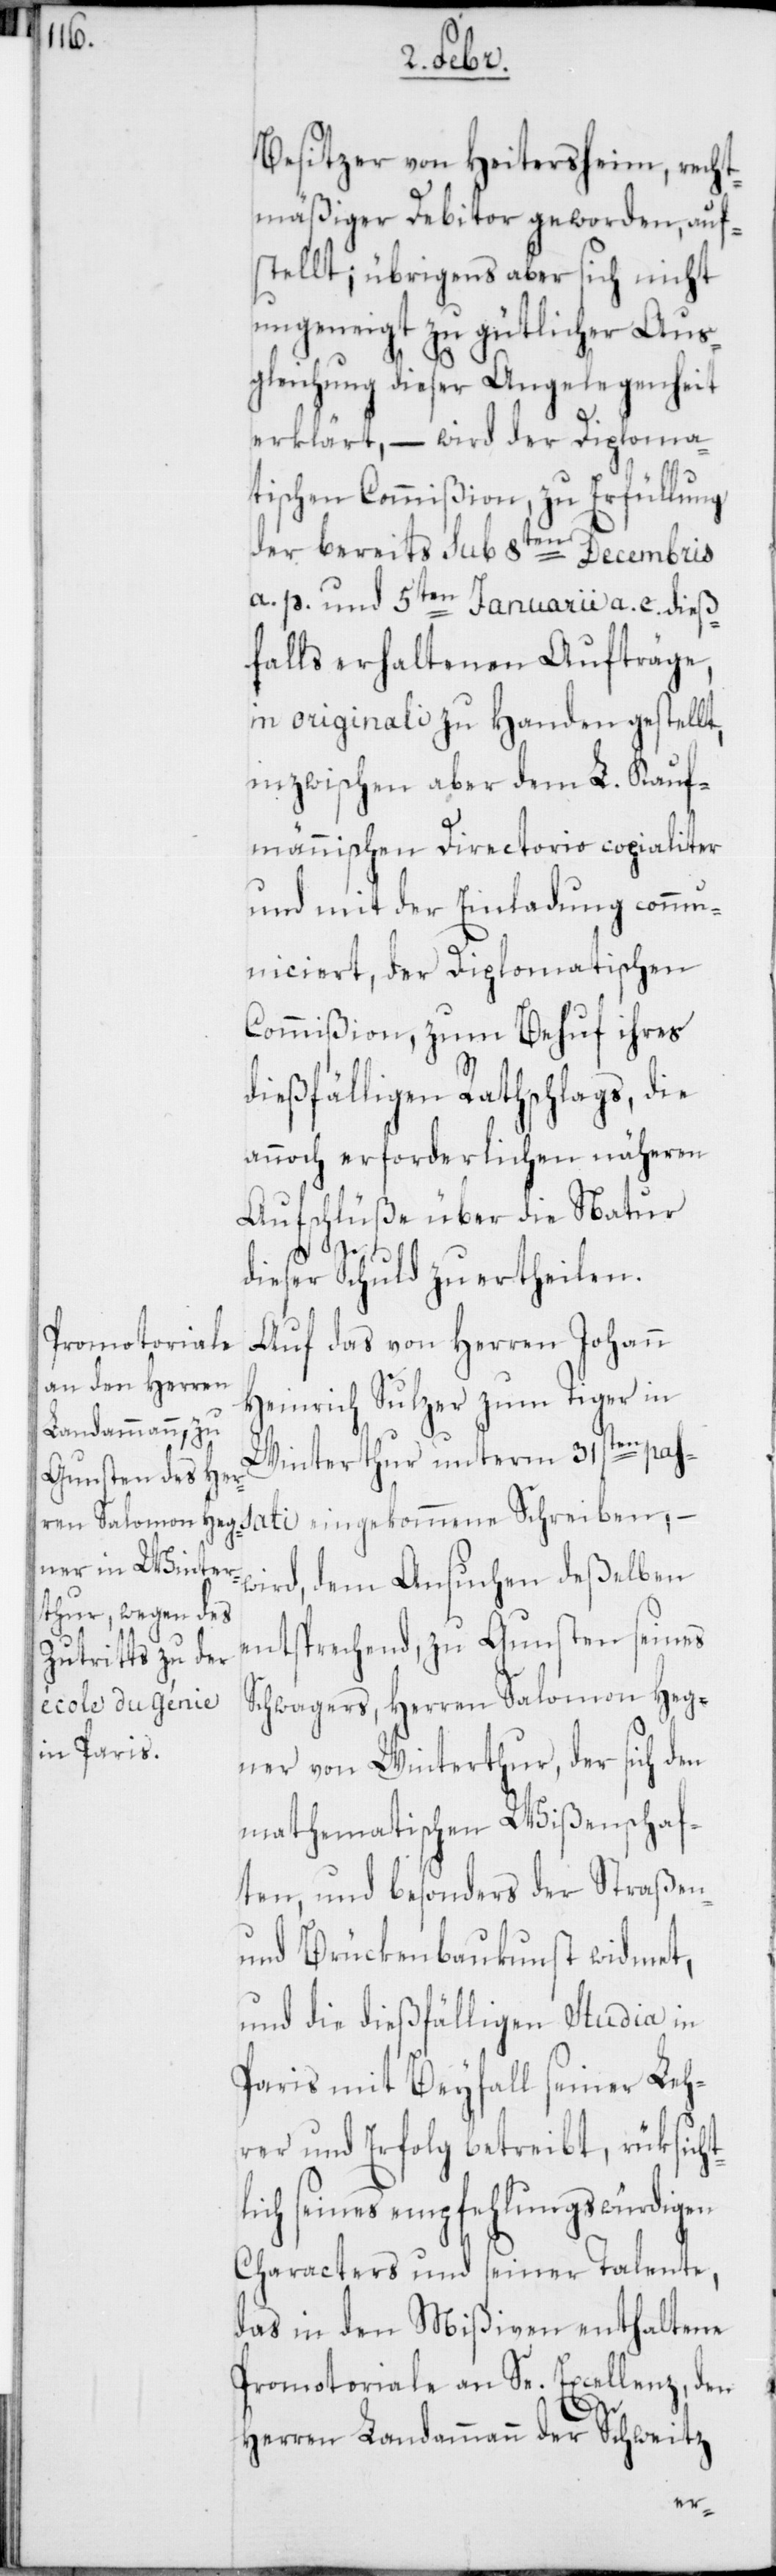
Besitzer von Heitersheim, recht¬
mäßiger Debitor geworden, auf¬
stellt; übrigens aber sich nicht
ungeneigt zu gütlicher Aus¬
gleichung dieser Angelegenheit
erklärt, – wird der diploma¬
tischen Commißion, zu Erfüllung
der bereits sub 8ten Decembris
a. p. und 5ten Januarii a.c. dieß¬
falls erhaltenen Aufträge,
in originali zu Handen gestellt,
inzwischen aber dem L. kauf¬
mänischen Directorio copialiter
und mit der Einladung commu¬
niciert, der Diplomatischen
Commißion, zum Behuf ihres
dießfälligen Rathschlags, die
annoch erforderlichen näheren
Aufschlüße über die Natur
dieser Schuld zu ertheilen.
Auf das von Herren Johann
Heinrich Sulzer zum Tiger in
Winterthur unterm 31sten passati
wird, dem Ansuchen deßelben
entsprechend, zu Gunsten seines
Schwagers, Herren Salomon Heg¬
ner von Winterthur, der sich den
mathematischen Wißenschaf¬
ten, und besonders der Straßen-
und Brückenbaukunst widmet,
und die dießfälligen Studia in
Paris mit Beyfall seiner Leh¬
rer und Erfolg betreibt, rüksicht¬
lich seines empfehlungswürdigen
Characters und seiner Talente,
das in den Mißiven enthaltene
Promotoriale an Se. Excellenz, den
Herren Landammann der Schweitz